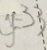
y = 3 3